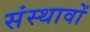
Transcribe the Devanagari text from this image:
संस्थावों